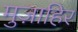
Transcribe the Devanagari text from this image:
मुज़ाहिर